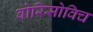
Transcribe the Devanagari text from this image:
बोरिसोविच